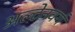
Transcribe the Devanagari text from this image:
अल्टेनवर्ग